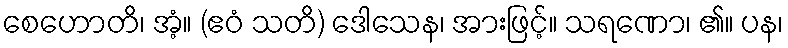
စေဟောတိ၊ အံ့။ (ဧဝံ သတိ) ဒေါသေန၊ အားဖြင့်။ သရဏော၊ ၏။ ပန၊